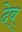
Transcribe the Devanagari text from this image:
देव्